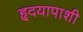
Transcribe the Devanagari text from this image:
हृदयापाशी